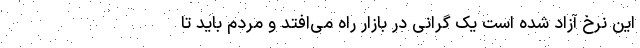
این نرخ آزاد شده است یک گرانی در بازار راه می‌افتد و مردم باید تا